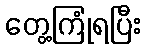
တွေ့ကြုံရပြီး